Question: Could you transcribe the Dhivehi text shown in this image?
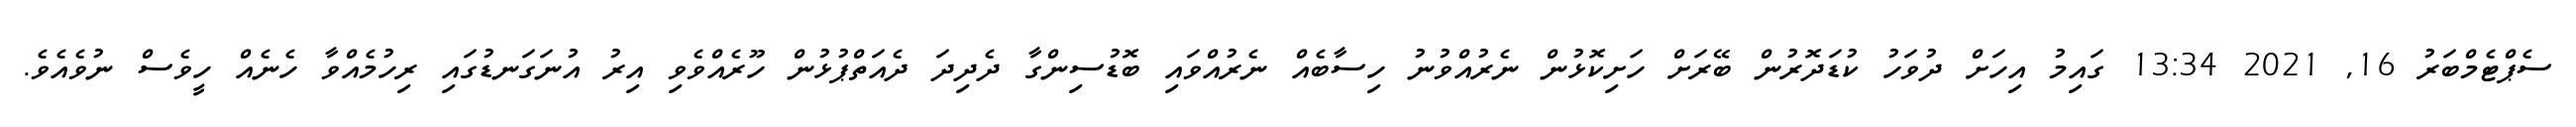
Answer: ސެޕްޓެމްބަރު 16, 2021 13:34 ގައިމު އިހަށް ދުވަހު ކުޑަދޮރުން ބޭރަށް ހަށިކޮޅުން ނެރުއްވުނު ހިސާބެއް ނެރުއްވައި ބޮޑުސިންގާ ދެދިދަ ދެއަތްޕުޅުން ހޫރެއްވެވި އިރު އުނަގަނޑުގައި ރިހުމެއްވާ ހެނެއް ހީވެސް ނުވެއެވެ.